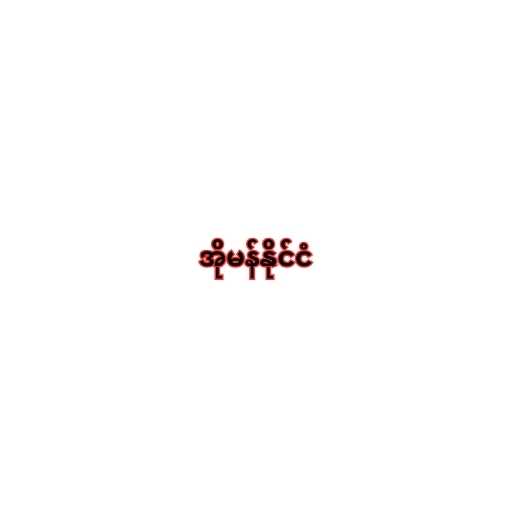
အိုမန်နိုင်ငံ